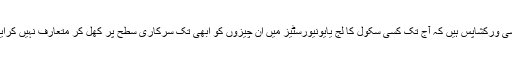
اور یہ ایسی ورکشاپس ہیں کہ آج تک کسی سکول کا لج یایونیورسٹیز میں ان چیزوں کو ابھی تک سرکاری سطح پر کھل کر متعارف نہیں کرایا گیا ہے۔